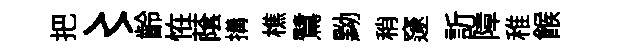
把〻齡恠䕃搆樵鷺黝稍邃訢障稚餱